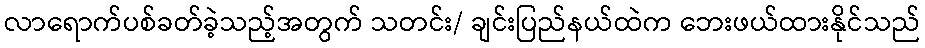
လာရောက်ပစ်ခတ်ခဲ့သည့်အတွက် သတင်း/ ချင်းပြည်နယ်ထဲက ဘေးဖယ်ထားနိုင်သည်